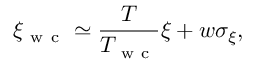
\xi _ { \mathrm { ~ w ~ c ~ } } \simeq \frac { T } { T _ { \mathrm { ~ w ~ c ~ } } } \xi + w \sigma _ { \xi } ,